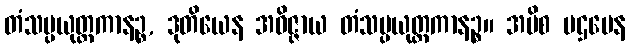
တံသမ္ပယုတ္တကာနဉ္စ, ဒုတိယေန အဝိဇ္ဇာယ တံသမ္ပယုတ္တကာနဉ္စ။ အပိစ ပဌမေန